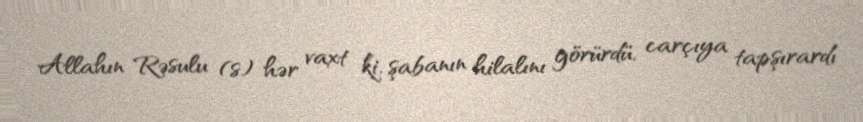
Allahın Rəsulu (s) hər vaxt ki, şabanın hilalını görürdü, carçıya tapşırardı